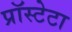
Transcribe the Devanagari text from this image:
प्रॉस्टेटा